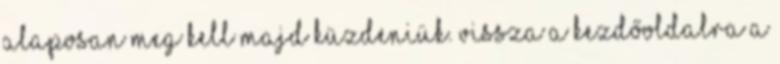
alaposan meg kell majd küzdeniük. VISSZA A KEZDŐOLDALRA A